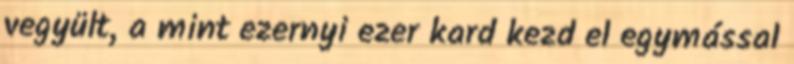
vegyült, a mint ezernyi ezer kard kezd el egymással